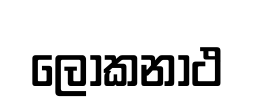
ලෝකනාථ